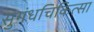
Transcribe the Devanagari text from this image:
सुगंधचिकित्सा